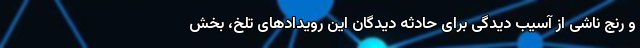
و رنج ناشی از آسیب دیدگی برای حادثه دیدگان این رویدادهای تلخ، بخش